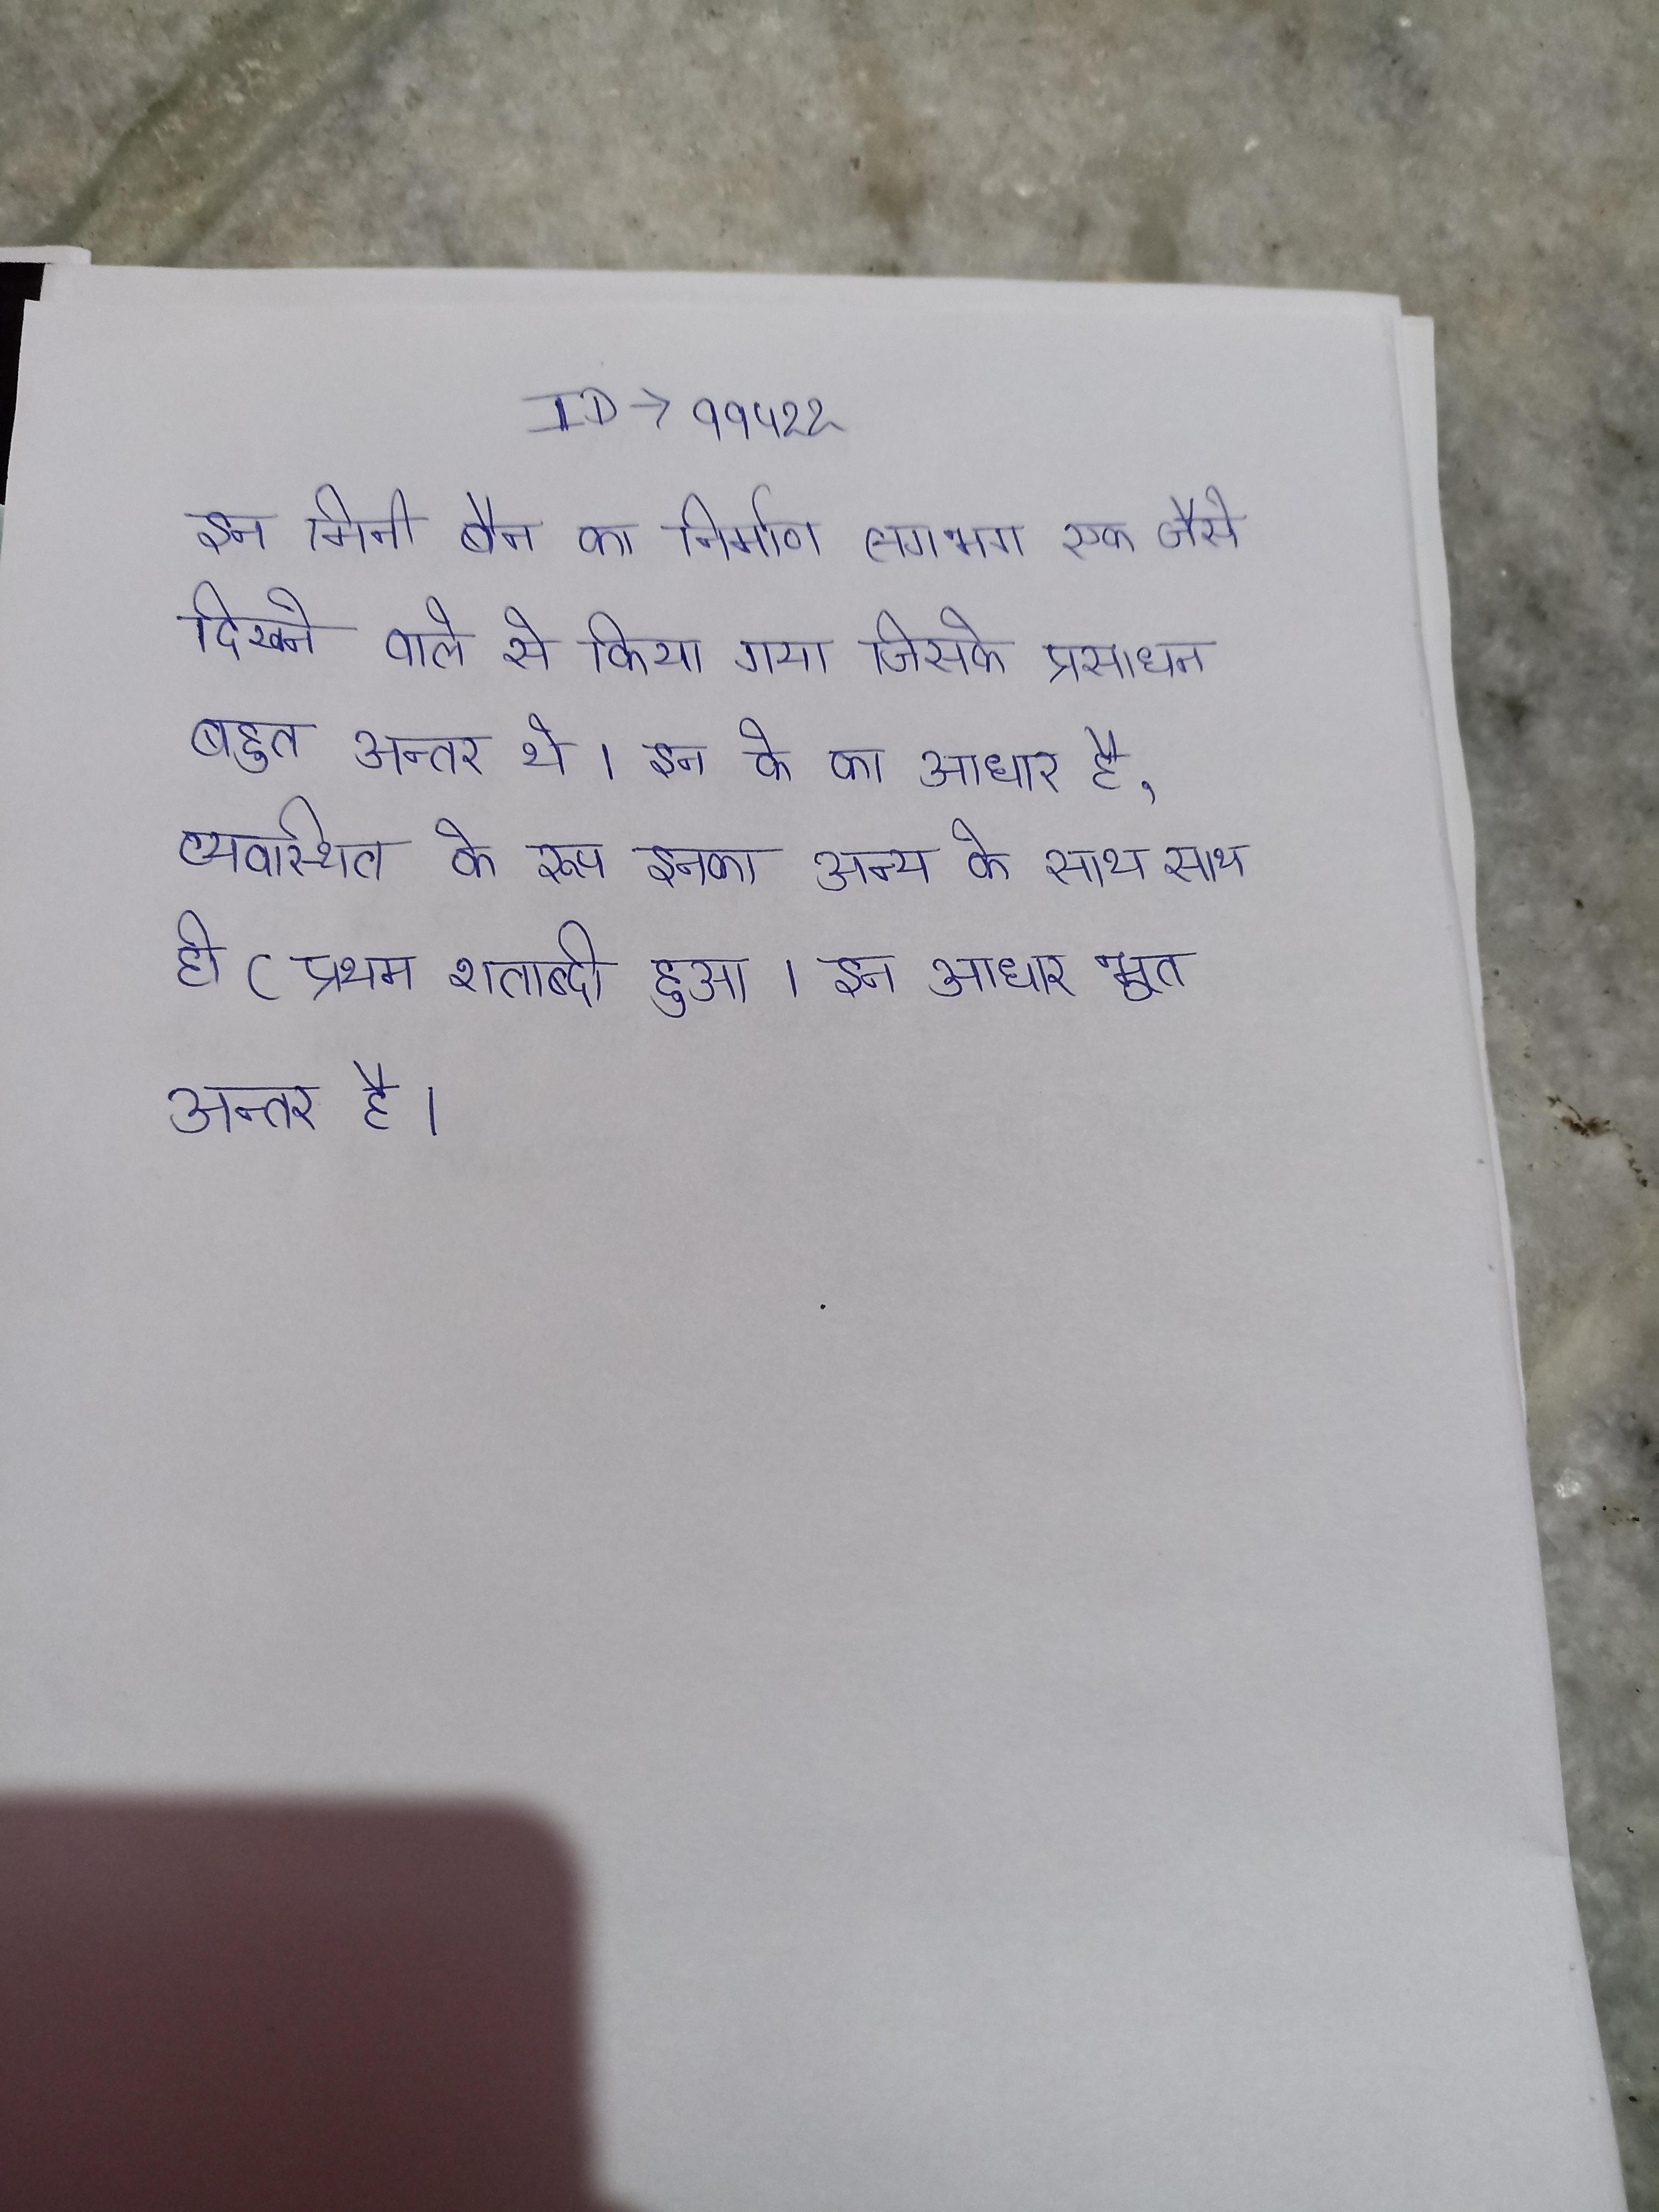
इन मिनी वैन का निर्माण लगभग एक जैसे दिखने वाले से किया गया जिसके प्रसाधन बहुत अन्तर थे । इन के का आधार है, व्यवस्थित के रूप इनका अन्य के साथ साथ ही (प्रथम शताब्दी हुआ । इन आधारभूत अन्तर है ।